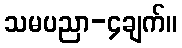
သမပညာ-၄ချက်။